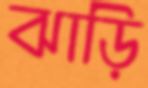
ঝাড়ি